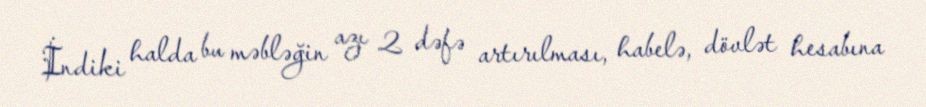
İndiki halda bu məbləğin azı 2 dəfə artırılması, habelə, dövlət hesabına